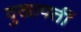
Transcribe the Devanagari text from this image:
दुखापतीं